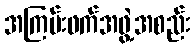
အကြမ်းဖက်အဖွဲ့အစည်း